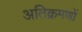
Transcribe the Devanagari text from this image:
अतिक्रमणों